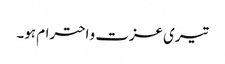
تیری عزت و احترام ہو۔